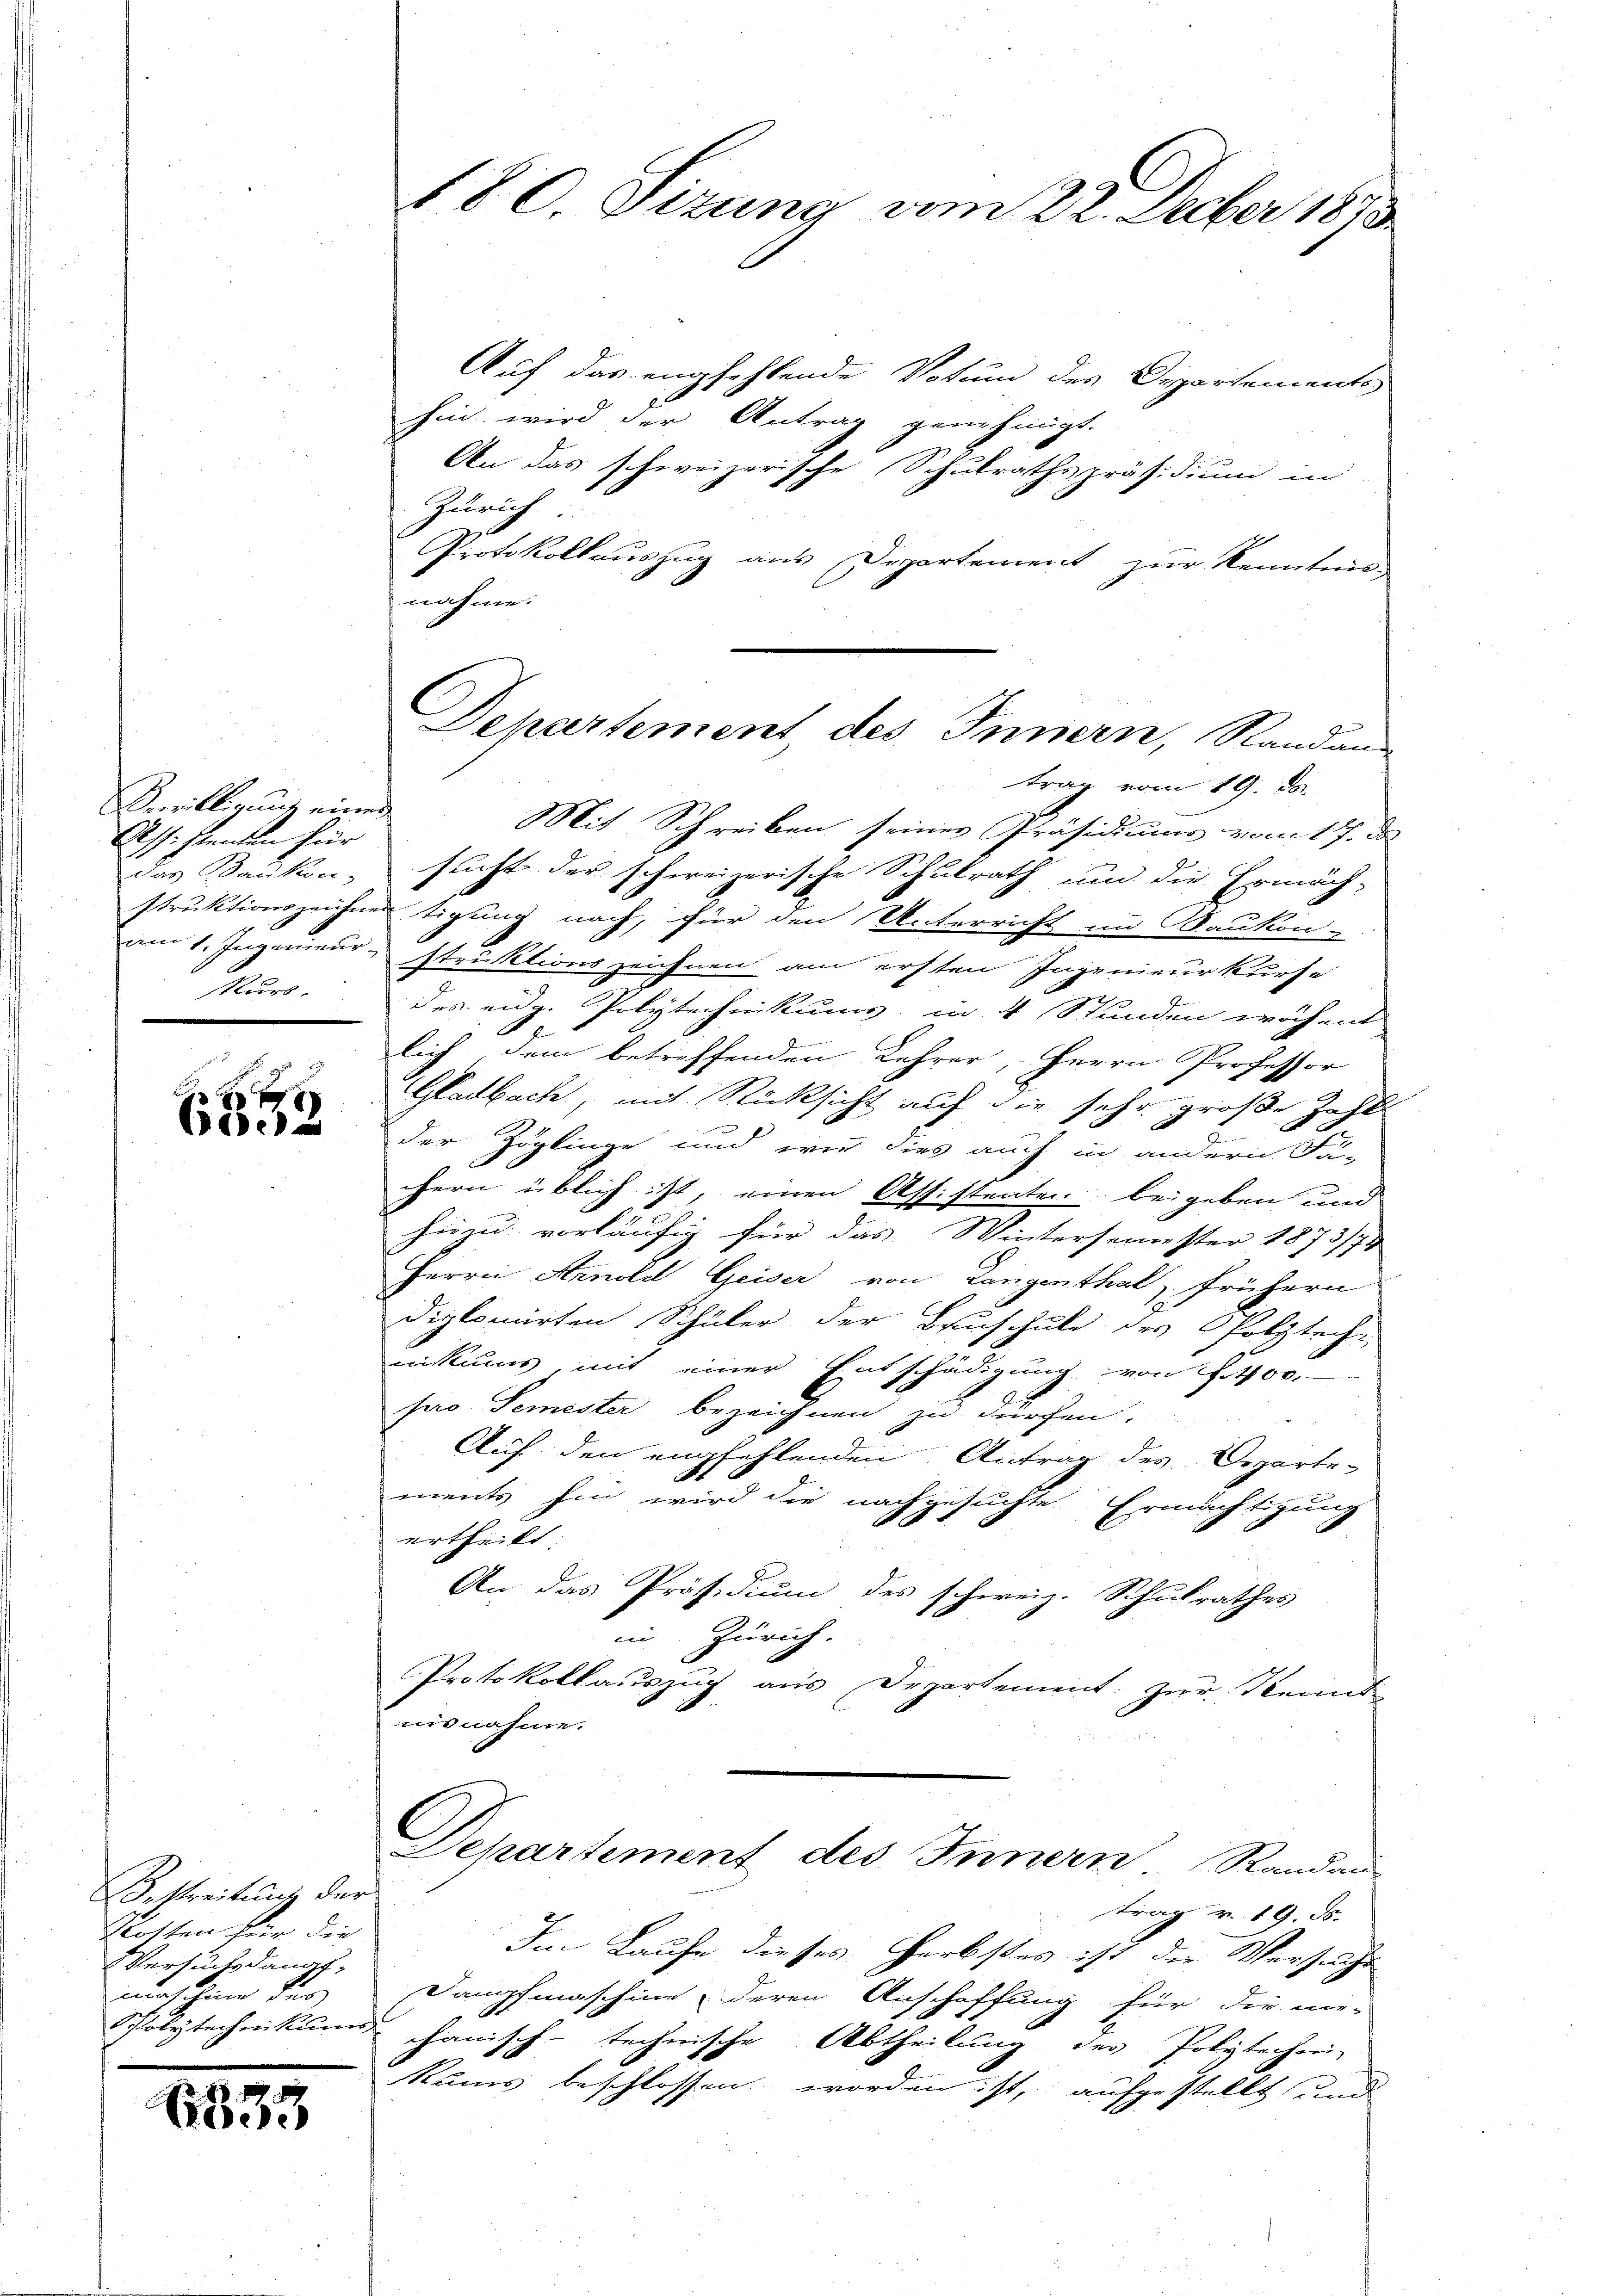
Bewilligung eines
Ass. stanten für
ddas Baukon
am 1. Ingenieur
skurs.

e

Bestreitung der
Rotten für die
Versuchs dangt,
maschen dur
Polytechnikums

(1333

s

180. Sitzung vom 22. Decber 1873

Auf das empfehlende Votum des Departements
hin wird der Antrag genehmigt.
An das schweizerische Schulrathspräsidium in
Zürich
Protokollauszug aus Departement zur Kenntnis
nahme.
trag vom 19. ds.
Mit Schreiben seines Präsidiums vom 17. de
sucht der schweizerische Schulrath und die Ermäch-
struktionszeichnen tigung nach, für den Unterricht in Baukon-
struktionszeichnen am ersten Ingenieur kurse
des eidg. Polytechnikums in 4 Stunden wöchent
lich, dem betreffenden Lehrer, Herrn Professor
Gladbach, mit Rücksicht auf die sehr große Zahl
der Zöglinge und wir dies auch in andern Fa-
chern üblich ist, einen Assistenten beigeben und
hiezu vorläufig für das Wintersemester 1873/74
Herrn Arnold Geiser von Langenthal, frühern
diplomirten Schüler der Bauschule des Polyteche
nikums mit einer Entschädigung, von fit00,
pro Semester bezeichnen zu dürfen.
Auf den empfehlenden Antrag des Departe-
S.
ments hin wird die nachgesuchte Ermächtigung
ertheilt.
An das Präsidium des schweiz. Schulrathes
in Zürich
Protokollauszug aus Departement. zur Kennt
uisnahme.
Departement des Innern Randan
trag v. 19. ds.
Im Laufe dieses Herbstes ist der Versucht
Dampfmaschine u deren Anschaffung für die nie-
chanisch-technische Abtheilung der Polytecheri-
kums beschlossen worden ist, aufgestellt und

Departement, des Innern, Standen